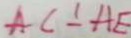
A C \bot A E